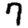
Digit: 7